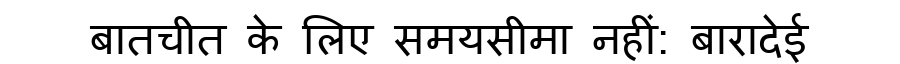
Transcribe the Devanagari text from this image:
बातचीत के लिए समयसीमा नहीं: बारादेई